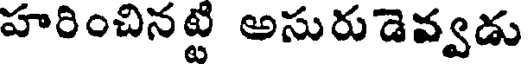
హరించినట్టి అసురుడెవ్వడు